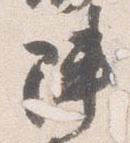
陣